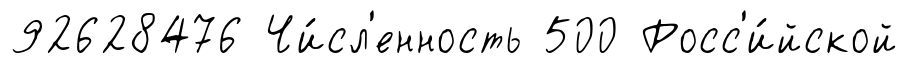
92628476 Чи́сл'енность 500 Росс'и́йской